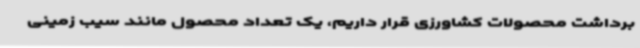
برداشت محصولات کشاورزی قرار داریم، یک تعداد محصول مانند سیب زمینی